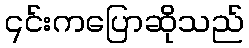
၎င်းကပြောဆိုသည်